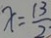
x = \frac { 1 3 } { 2 }